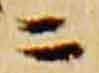
ニ